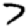
Digit: 7